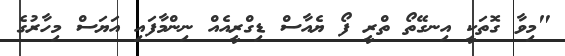
"މިވާ ގޮތަކީ އިނގޭތޯ ތްރީ ފޯ ޔެއާސް ޑިގްރީއެއް ނިންމާފައި އަަޔަސް މިހާރުގެ